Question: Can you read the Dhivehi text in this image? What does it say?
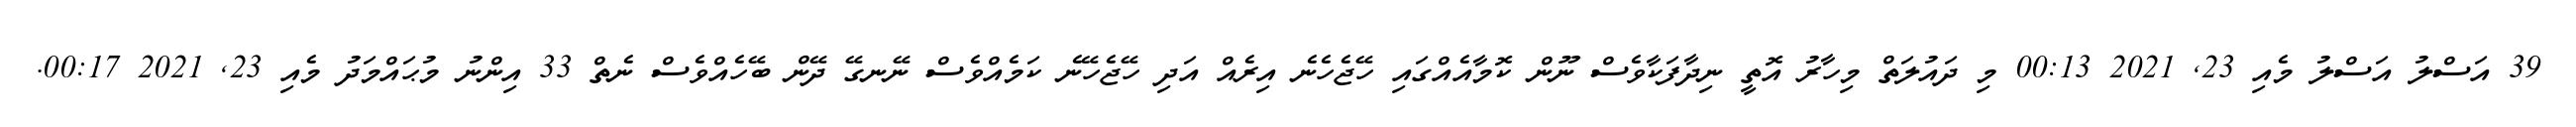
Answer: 39 އަސްލު އަސްލު މެއި 23, 2021 00:13 މި ދައުލަތް މިހާރު އޮތީ ނިދާފަކާވެސް ނޫން ކޮމާއެއްގައި ހޭޖެހެނެ އިރެއް އަދި ހޭޖެހޭނެ ކަމެއްވެސް ނޭނގޭ ދޭން ބޭހެއްވެސް ނެތް 33 އިންނު މުޙައްމަދު މެއި 23, 2021 00:17.